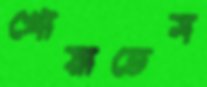
খোয়াতেম